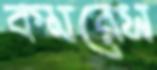
কমরেস